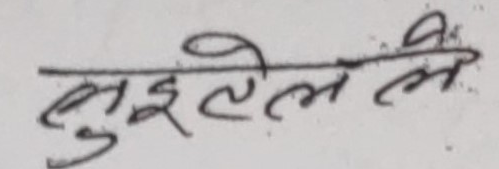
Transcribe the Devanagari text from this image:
बुइले ले